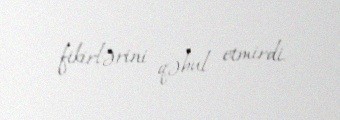
fikirlərini qəbul etmirdi.